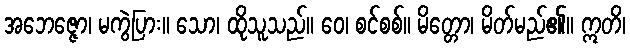
အဘေဇ္ဇော၊ မကွဲပြား။ သော၊ ထိုသူသည်။ ဝေ၊ စင်စစ်။ မိတ္တော၊ မိတ်မည်၏။ ဣတိ၊